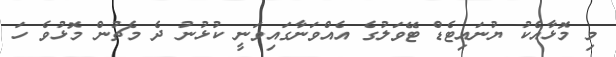
މި މޮޅާއެކު ޔުނައިޓެޑް ޓޭވަލުގެ އެއްވަނާގައިވަނީ ކުޅުނު ދެ މެޗުން މޮޅުވެ ހަ